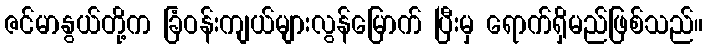
ဇင်မာနွယ်တို့က ခြံဝန်းကျယ်များလွန်မြောက် ပြီးမှ ရောက်ရှိမည်ဖြစ်သည်။